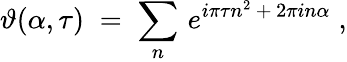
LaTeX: \vartheta(\alpha,\tau)\; =\; \sum_{n}\, e^{i\pi\tau n^{2}\, +\, 2\pi in\alpha}\; ,